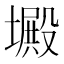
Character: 𡑴